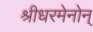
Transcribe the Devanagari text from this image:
श्रीधरमेनोन्